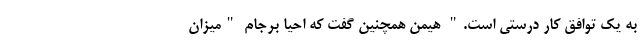
به یک توافق کار درستی است." هیمن همچنین گفت که احیا برجام "میزان